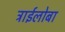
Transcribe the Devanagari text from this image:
ट्राईलोबा